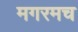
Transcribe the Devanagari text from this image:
मगरमच